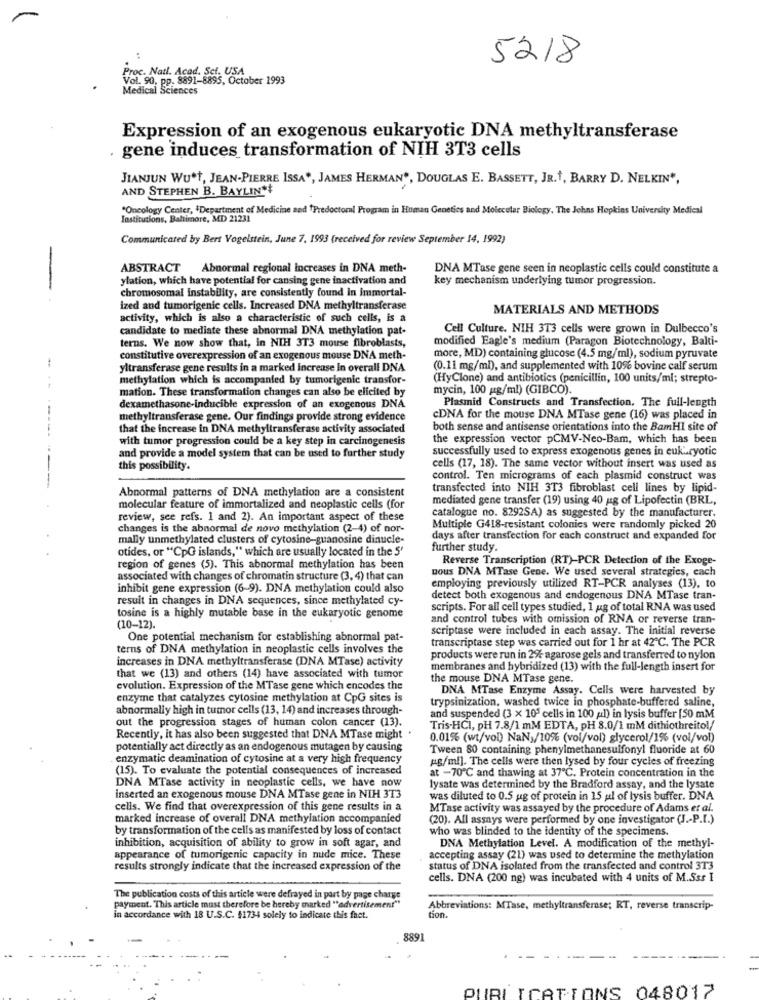
5218
Proc. Natl. Acad. Set. USA
Vol. 90, pp. 8891-8895, October 1993
Medical Sciences
Expression of an exogenous eukaryotic DNA methyltransferase
· gene induces transformation of NIH 3T3 cells
JIANJUN WU*t, JEAN-PIERRE ISSA", JAMES HERMAN", DOUGLAS E. BASSETT, JR ., BARRY D. NELKIN",
AND STEPHEN B. BAYLIN **
"Oncology Center, \Department of Medicine and Predoctoral Program in Human Genetics and Molecular Biology, The Johns Hopkins University Medical
Institutions, Baltimore, MD 21231
Communicated by Bert Vogelstein, June 7, 1993 (received for review September 14, 1992)
ABSTRACT Abnormal regional increases in DNA meth-
DNA MTase gene seen in neoplastic cells could constitute a
ylation, which have potential for cansing gene inactivation and
key mechanism underlying tumor progression.
chromosomal instability, are consistently found in immortal-
ized and tumorigenic cells. Increased DNA methyltransferase
MATERIALS AND METHODS
activity, which is also a characteristic of such cells, is a
candidate to mediate these abnormal DNA methylation pat-
Cell Culture. NIH 3T3 cells were grown in Dulbecco's
modified Eagle's medium (Paragon Biotechnology, Bakti-
terns. We now show that, in NIH 3T3 mouse fibroblasts,
constitutive overexpression of an exogenous mouse DNA meth-
more, MD) containing glucose (4.5 mg/ml), sodium pyruvate
yltransferase gene results in a marked increase In overall DNA
(0.11 mg/ml), and supplemented with 10% bovine calf serum
methylation which is accompanied by tumorigenic transfor-
(HyClone) and antibiotics (penicillin, 100 units/ml; strepto-
mation. These transformation changes can also be elicited by
mycin, 100 pg/ml) (GIBCO).
Plasmid Constructs and Transfection, The full-length
dexamethasone-inducible expression of an exogenous DNA
methyltransferase gene. Our findings provide strong evidence
cDNA for the mouse DNA MTase gene (16) was placed in
that the increase in DNA methyltransferase activity associated
both sense and antisense orientations into the BamHI site of
with tumor progression could be a key step in carcinogenesis
the expression vector pCMV-Neo-Bam, which has been
successfully used to express exogenous genes in eukaryotic
and provide a model system that can be used to further study
this possibility.
cells (17, 18). The same vector without insert was used as
control. Ten micrograms of each plasmid construct was
Abnormal patterns of DNA methylation are a consistent
transfected into NIH 3T3 fibroblast cell lines by lipid-
mediated gene transfer (19) using 40 ug of Lipofectin (BRL,
molecular feature of immortalized and neoplastic cells (for
catalogue no. 8292SA) as suggested by the manufacturer.
review, see refs. 1 and 2). An important aspect of these
changes is the abnormal de novo methylation (2-4) of nor-
Multiple G418-resistant colonies were randomly picked 20
mally unmethylated clusters of cytosine-guanosine dinucle-
days after transfection for each construct and expanded for
otides, or "CpG islands," which are usually located in the S'
further study.
Reverse Transcription (RT)-PCR Detection of the Exoge-
region of genes (5). This abnormal methylation has been
nous DNA MTase Gene. We used several strategies, cach
associated with changes of chromatin structure (3, 4) that can
inhibit gene expression (6-9). DNA methylation could also
employing previously utilized RT-PCR analyses (13), to
result in changes in DNA sequences, since methylated cy-
detect both exogenous and endogenous DNA MTase tran-
scripts. For all cell types studied, 1 ug of total RNA was used
tosine is a highly mutable base in the eukaryotic genome
and control tubes with omission of RNA or reverse tran-
(10-12).
scriptase were included in each assay. The initial reverse
One potential mechanism for establishing abnormal pat-
transcriptase step was carried out for 1 hr at 42℃. The PCR
terns of DNA methylation in neoplastic cells involves the
increases in DNA methyltransferase (DNA MTase) activity
products were run in 2% agarose gels and transferred to nylon
membranes and hybridized (13) with the full-length insert for
that we (13) and others (14) have associated with tumor
the mouse DNA MTase gene.
evolution. Expression of the MTase gene which encodes the
DNA MTase Enzyme Assay. Cells were harvested by
enzyme that catalyzes cytosine methylation at CpG sites is
trypsinization, washed twice in phosphate-buffered saline,
abnormally high in tumor cells (13, 14) and increases through-
and suspended (3 x 105 cells in 100 al) in lysis buffer [50 mM
out the progression stages of human colon cancer (13).
Tris-HCI, PH 7.8/1 mM EDTA, PH 8.0/1 mM dithiothreitol/
Recently, it has also been suggested that DNA MTase might .
0.01% (wt/vol) NaNy/10% (vol/vol) glycerol/1% (vol/vol)
potentially act directly as an endogenous mutagen by causing
Tween 80 containing phenylmethanesulfonyl fluoride at 60
enzymatic deamination of cytosine at a very high frequency
pg/ml]. The cells were then lysed by four cycles of freezing
(15). To evaluate the potential consequences of increased
DNA MTase activity in neoplastic cells, we have now
at -70℃ and thawing at 37℃. Protein concentration in the
lysate was determined by the Bradford assay, and the lysate
inserted an exogenous mouse DNA MTase gene in NIH 3T3
was diluted to 0.5 ug of protein in 15 ul of lysis buffer. DNA
cells. We find that overexpression of this gene results in a
MTase activity was assayed by the procedure of Adams et al.
marked increase of overall DNA methylation accompanied
(20). All assays were performed by one investigator (J .- P.I.)
by transformation of the cells as manifested by loss of contact
who was blinded to the identity of the specimens.
inhibition, acquisition of ability to grow in soft agar, and
DNA Methylation Level. A modification of the methyl-
appearance of tumorigenic capacity in nude mice. These
accepting assay (21) was used to determine the methylation
results strongly indicate that the increased expression of the
status of DNA isolated from the transfected and control 3T3
cells. DNA (200 ng) was incubated with 4 units of M.Sss I
The publication costs of this article were defrayed in part by page charge
payment. This article must therefore be hereby marked "advertisement"
Abbreviations: MTase, methyltransferase; RT, reverse transcrip-
in accordance with 18 U.S.C. $1734 solely to indicate this fact.
tion.
8891
PUBLICATIONS 048017